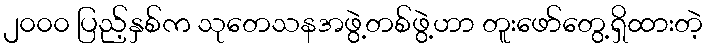
၂၀၀၀ ပြည့်နှစ်က သုတေသနအဖွဲ့တစ်ဖွဲ့ဟာ တူးဖော်တွေ့ရှိထားတဲ့